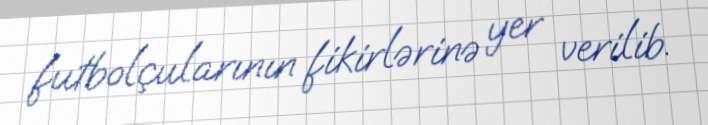
futbolçularının fikirlərinə yer verilib.